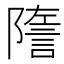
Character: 𧨧